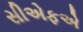
સીએફએ